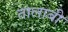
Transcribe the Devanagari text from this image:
तालाबी